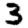
Digit: 3